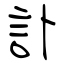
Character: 訃